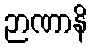
ဉာဏာနိ